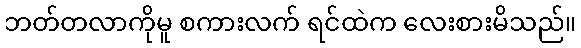
ဘတ်တလာကိုမူ စကားလက် ရင်ထဲက လေးစားမိသည်။